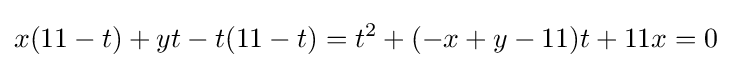
x(11-t)+yt-t(11-t)=t^{2}+(-x+y-11)t+11x=0